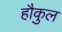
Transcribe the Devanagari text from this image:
हौकुल